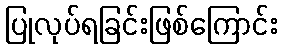
ပြုလုပ်ရခြင်းဖြစ်ကြောင်း